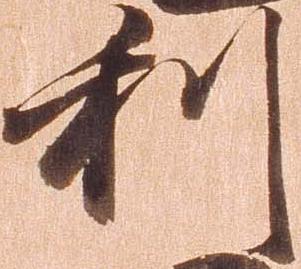
利